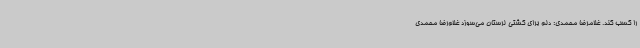
را کسب کند. غلامرضا محمدی: دلم برای کشتی لرستان می‌سوزد غلام‌رضا محمدی